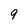
Character: 9